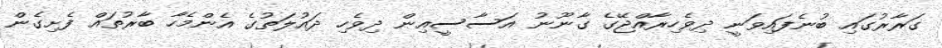
ގަރާރުގައި ބުނެފައިވަނީ ދިވެހިރާއްޖޭގެ ގާނޫނު އަސާސީއިން ދިވެހި ދައުލަތުގެ އެންމެހާ ބާރުތައް ފެށިގެން